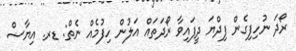
ރޯދަ ނުހިފިގެން ފިދްޔަ ދީފައިވާ ރޯދަތައް އަލުން ހިފުމެއް ނެތް: ޑރ. އިޔާޟް